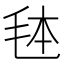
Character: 𭯓